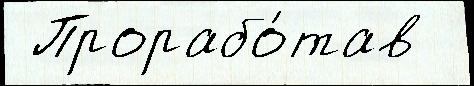
 Прорабо́тав